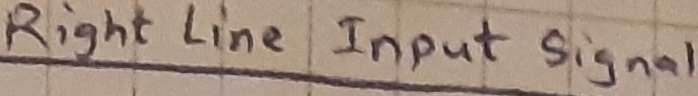
Text: Right LineInput signal